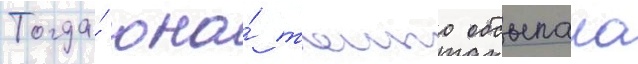
Тогда́ она́ таино обсыпала